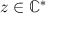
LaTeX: z \in \mathbb { C } ^ { * }